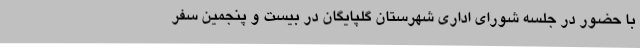
با حضور در جلسه شورای اداری شهرستان گلپایگان در بیست و پنجمین سفر